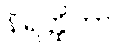
နိရတ္ထိကာ